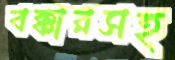
বক্কারসহ